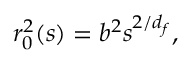
r _ { 0 } ^ { 2 } ( s ) = b ^ { 2 } s ^ { 2 / d _ { f } } ,